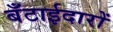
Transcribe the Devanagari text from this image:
बँटाईदारों